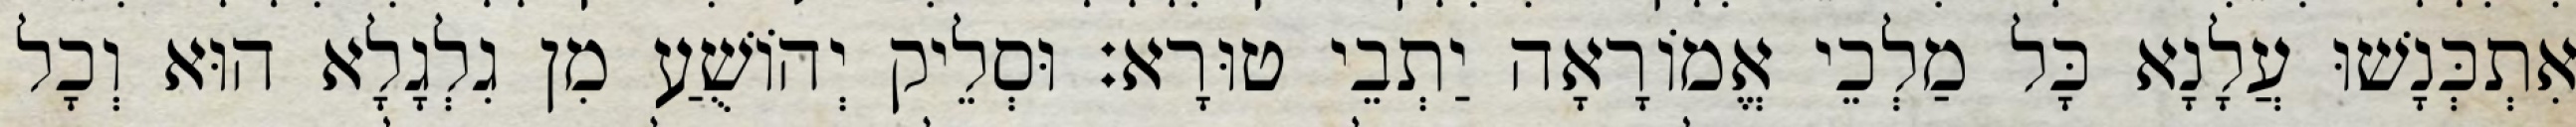
אִתְכְּנָשׁוּ עֲלָנָא כָּל מַלְכֵי אֱמוֹרָאָה יַתְבֵי טוּרָא׃ וּסְלֵיק יְהוֹשֻׁעַ מִן גִלְגָלָא הוּא וְכָל